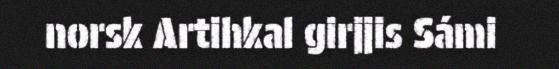
norsk Artihkal girjjis Sámi